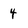
Character: 4